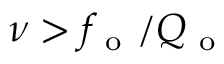
\nu > f _ { \mathrm { ~ o ~ } } / Q _ { \mathrm { ~ o ~ } }